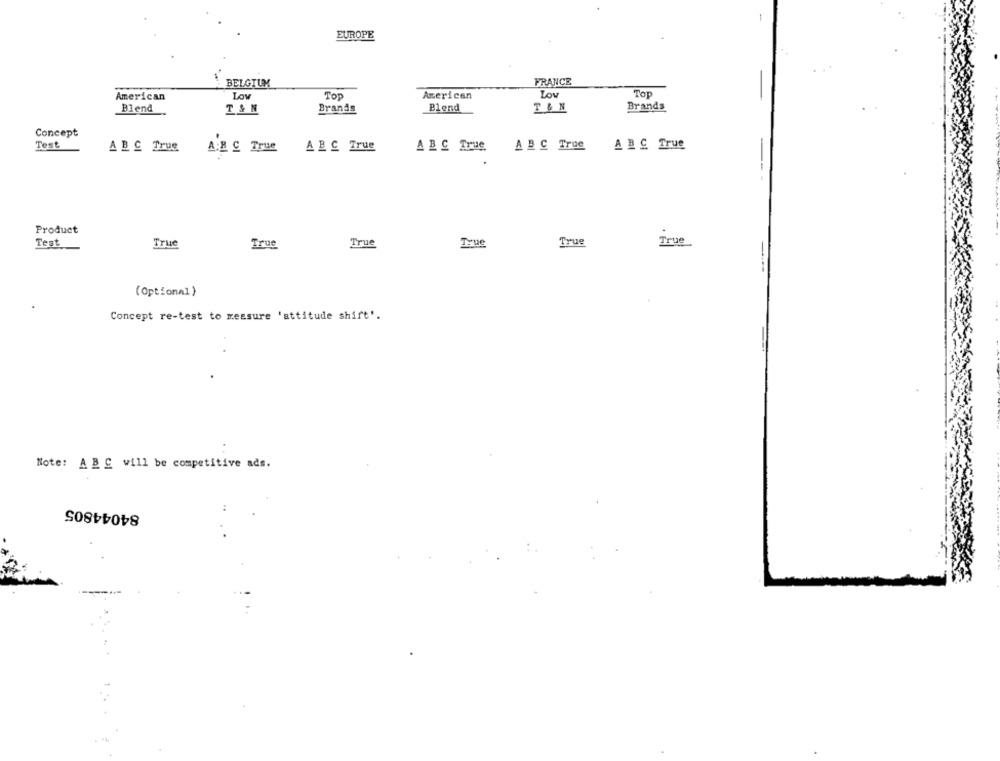
EUROPE
BELGIUM
FRANCE
American
Low
TOP
American
Low
Top
Brands
Blend
T &N
Brands
Blend
T &N
Concept
Test
ABC True
A.B C True
ABC True
ABC True
A B C True
ABC True
Product
Test
True
True
True
True
True
True
(Optional)
Concept re-test to measure 'attitude shirt'.
Note: ABC will be competitive ads.
84044805